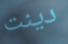
دينت